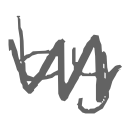
Text: by
Cross-out: zig-zag
Writing tool: digital_gray